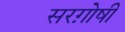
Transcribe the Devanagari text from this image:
सरग़ोषी